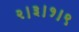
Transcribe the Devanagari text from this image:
२।३।१।९